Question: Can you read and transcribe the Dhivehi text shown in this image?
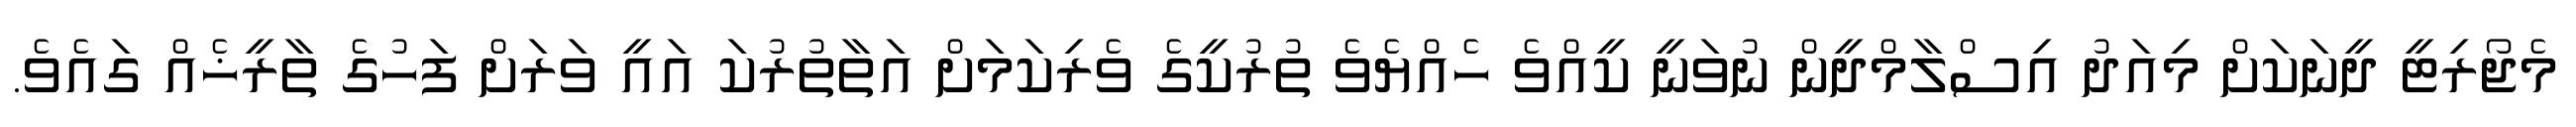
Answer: މެޖޯރިޓީ ދީނަކަށް މިއަދު އިސްލާމްދީން ނުވަނީ ކީއްވެ ހެއްޔެވެ ތުރުކީގެ ވެރިކަމަށް އަތާތުރުކަ އައީ ވަރަށް ފަހުގެ ތާރީޚެއް ގައެވެ.